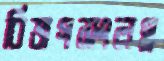
বিভাগসংলগ্ন